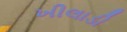
ખીલાડી